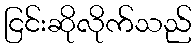
ငြင်းဆိုလိုက်သည်